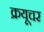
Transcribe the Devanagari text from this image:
क्रयूचर